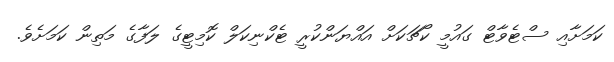
ކަމަށާއި ސްޓެވާޓް ގައުމީ ކޯޗަކަށް އައްޔަންކުރީ ޓެކްނިކަލް ކޮމިޓީގެ ލަފާގެ މަތިން ކަމަށެވެ.